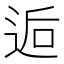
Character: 逅